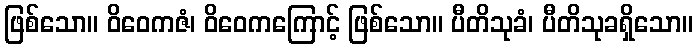
ဖြစ်သော။ ဝိဝေကဇံ၊ ဝိဝေကကြောင့် ဖြစ်သော။ ပီတိသုခံ၊ ပီတိသုခရှိသော။